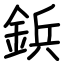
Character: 鋲